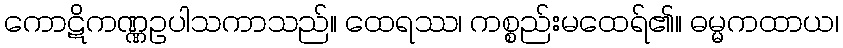
ကောဋိကဏ္ဏဥပါသကာသည်။ ထေရဿ၊ ကစ္စည်းမထေရ်၏။ ဓမ္မကထာယ၊